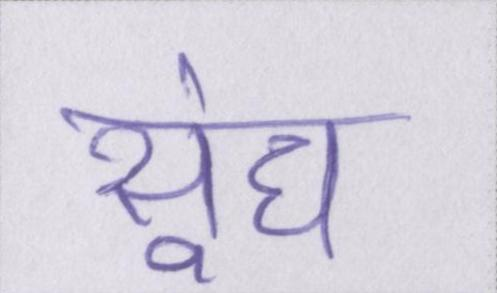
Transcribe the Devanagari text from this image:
सूंघ